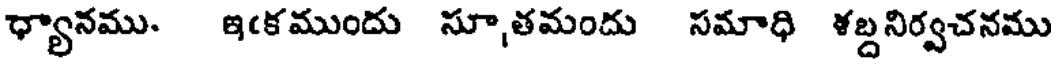
ధ్యానము. ఇఁకముందు సూ,తమందు సమాధి ళబ్దనిర్వచనము